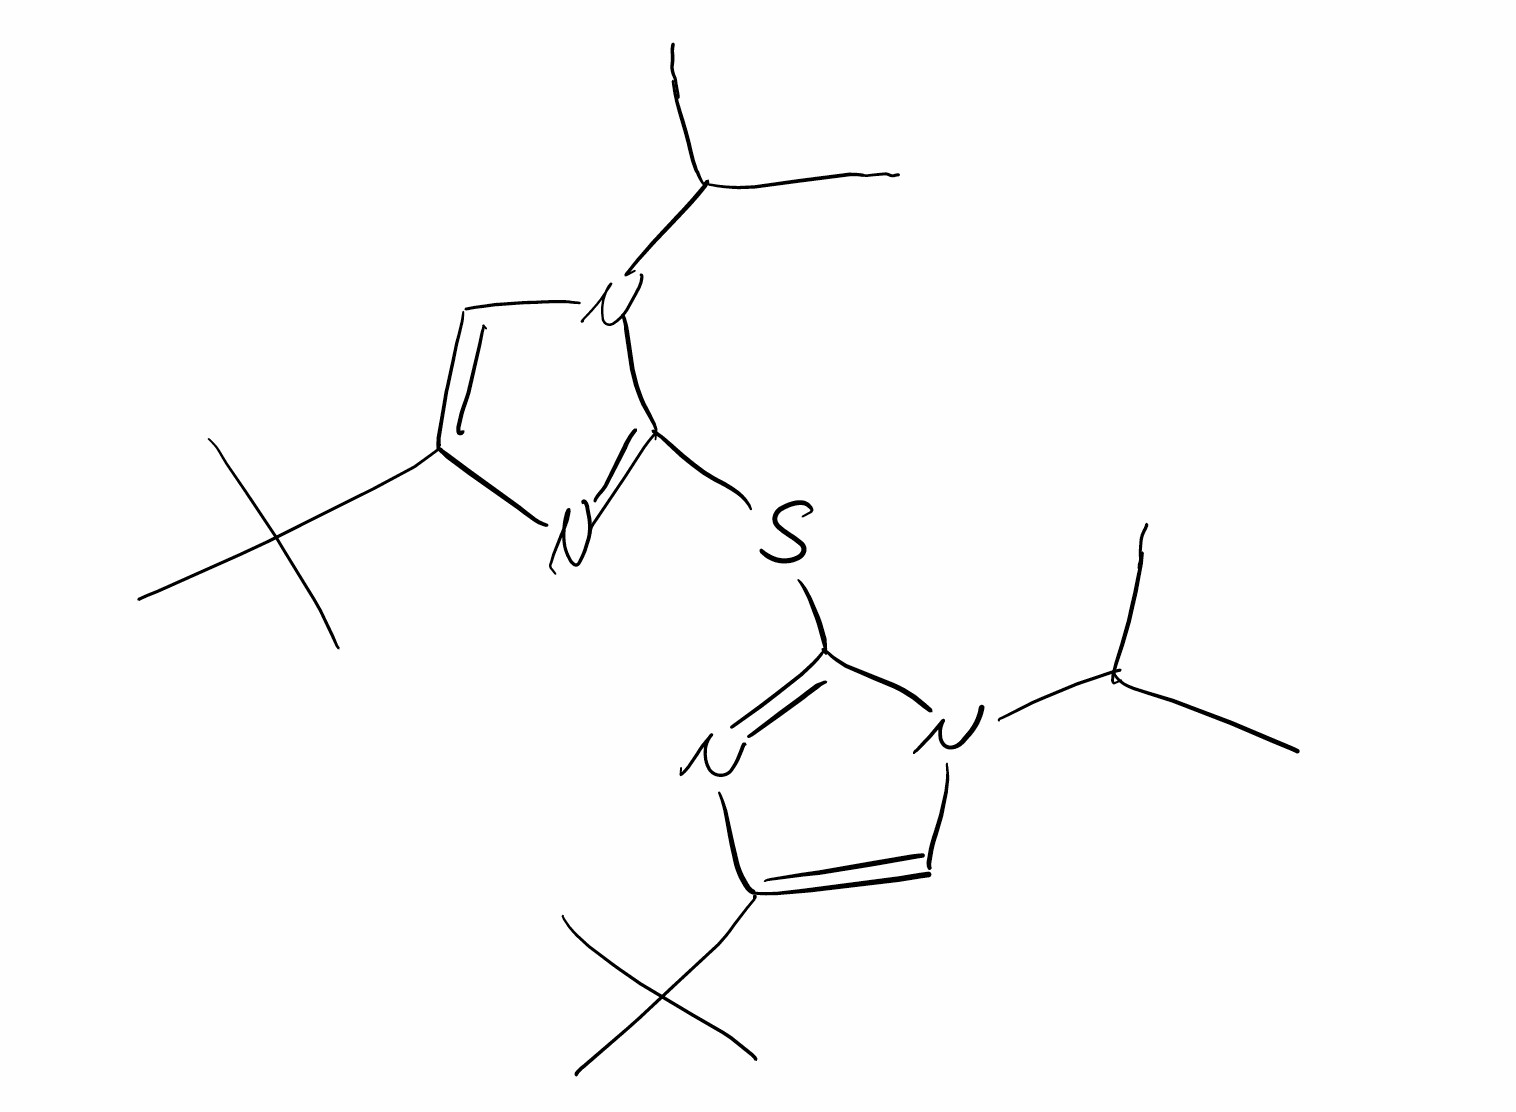
Simplified molecular-input line-entry system (SMILES) notation of the given molecule:
CC(C)N1C=C(N=C1SC2=NC(=CN2C(C)C)C(C)(C)C)C(C)(C)C